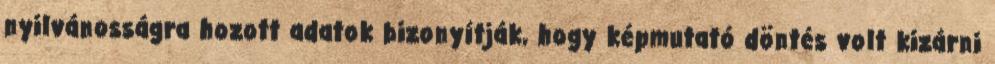
nyilvánosságra hozott adatok bizonyítják, hogy képmutató döntés volt kizárni